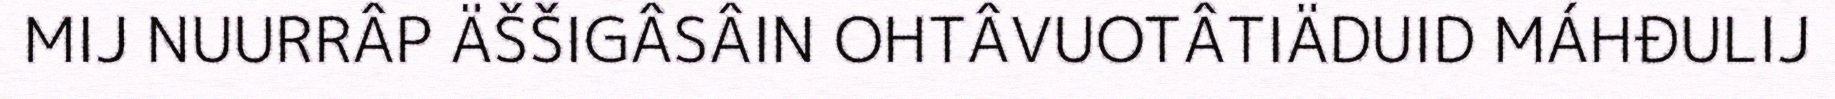
MIJ NUURRÂP ÄŠŠIGÂSÂIN OHTÂVUOTÂTIÄDUID MÁHĐULIJ